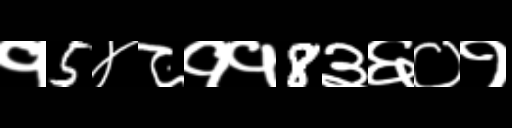
Text: १5४८११8३६०१